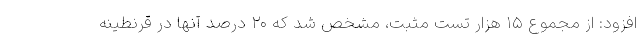
افزود: از مجموع ۱۵ هزار تست مثبت، مشخص شد که ۲۰ درصد آنها در قرنطینه